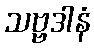
သဗ္ဗဒါနံ